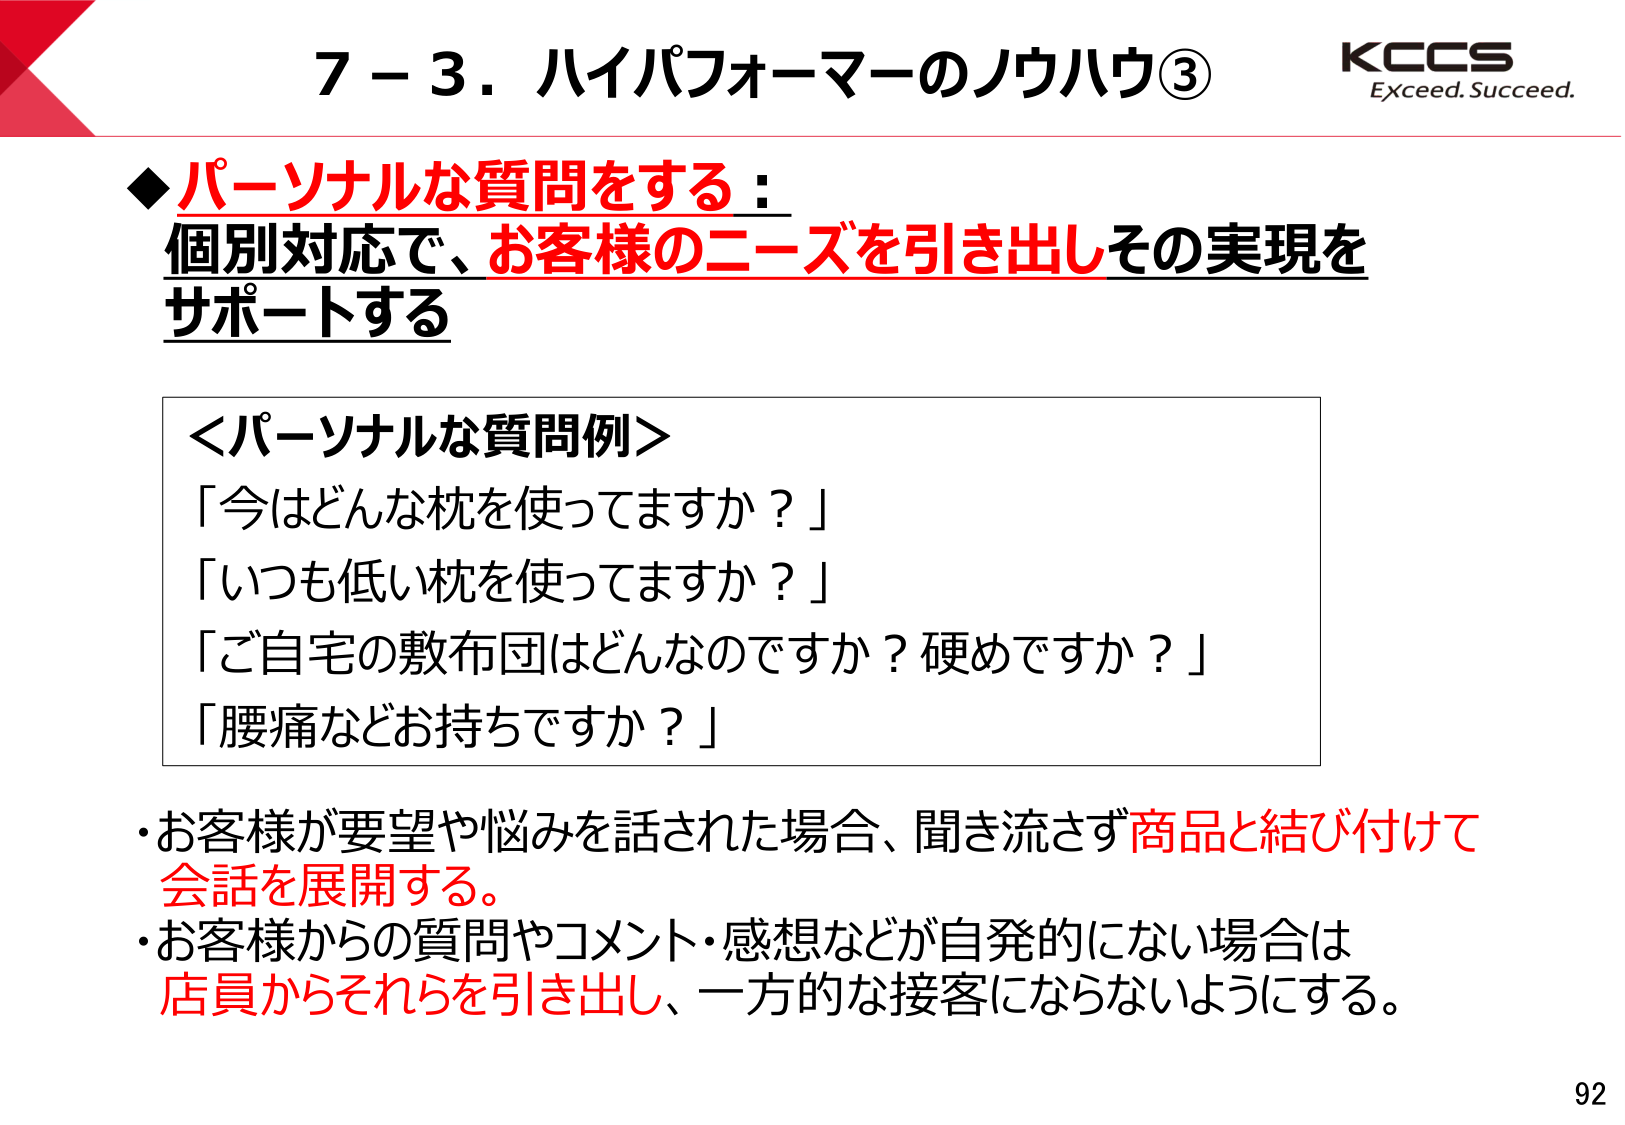
7－3．ハイパフォーマーのノウハウ③
KCCS
Exceed. Succeed.

◆パーソナルな質問をする：
個別対応で、お客様のニーズを引き出しその実現を
サポートする

＜パーソナルな質問例＞
「今はどんな枕を使っていますか？」
「いつも低い枕を使っていますか？」
「ご自宅の敷布団はどんなのですか？硬めですか？」
「腰痛などお持ちですか？」

・お客様が要望や悩みを話された場合、聞き流さず商品と結び付けて
会話を展開する。
・お客様からの質問やコメント・感想などが自発的にならない場合は
店員からそれらを引き出し、一方的な接客にならないようにする。

92